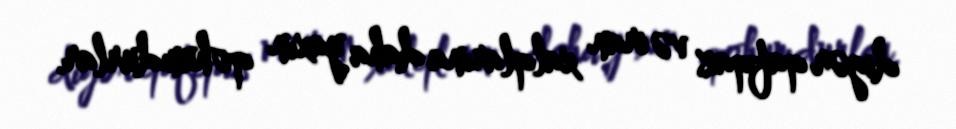
digər qafqaz və iran xalqlarına daha yaxın qohumdurlar.